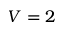
V = 2